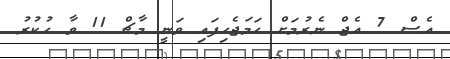
އެސް 7 އެޖް ނެރުމަށް ހަމަޖެހިފައި ވަނީ މާޗް 11 ވާ ހުކުރު